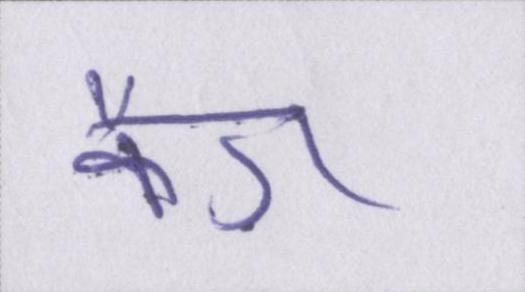
कैग